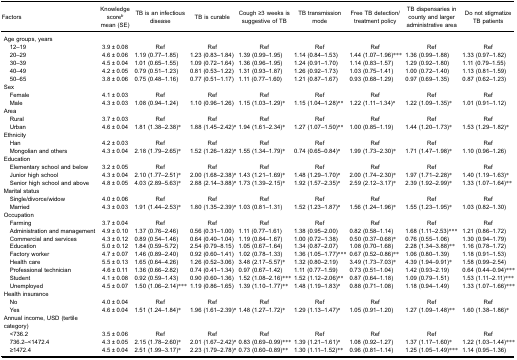
<table><thead><tr><td><b>Factors</b></td><td><b>Knowledge score<sup>b</sup>mean (SE)</b></td><td><b>TB is an infectious disease</b></td><td><b>TB is curable</b></td><td><b>Cough ≥3 weeks is suggestive of TB</b></td><td><b>TB transmission mode</b></td><td><b>Free TB detection/treatment policy</b></td><td><b>TB dispensaries in county and larger administrative area</b></td><td><b>Do not stigmatize TB patients</b></td></tr></thead><tbody><tr><td>Age groups, years</td><td> </td><td> </td><td> </td><td> </td><td> </td><td> </td><td> </td><td> </td></tr><tr><td> 12–19</td><td>3.9 ± 0.08</td><td>Ref</td><td>Ref</td><td>Ref</td><td>Ref</td><td>Ref</td><td>Ref</td><td>Ref</td></tr><tr><td> 20–29</td><td>4.6 ± 0.06</td><td>1.19 (0.77–1.85)</td><td>1.23 (0.83–1.84)</td><td>1.39 (0.99–1.95)</td><td>1.14 (0.84–1.53)</td><td>1.44 (1.07–1.96)***</td><td>1.36 (0.99–1.88)</td><td>1.33 (0.97–1.82)</td></tr><tr><td> 30–39</td><td>4.5 ± 0.04</td><td>1.01 (0.65–1.55)</td><td>1.09 (0.72–1.64)</td><td>1.36 (0.96–1.95)</td><td>1.24 (0.91–1.70)</td><td>1.14 (0.83–1.57)</td><td>1.29 (0.92–1.80)</td><td>1.11 (0.79–1.55)</td></tr><tr><td> 40–49</td><td>4.2 ± 0.05</td><td>0.79 (0.51–1.23)</td><td>0.81 (0.53–1.22)</td><td>1.31 (0.93–1.87)</td><td>1.26 (0.92–1.73)</td><td>1.03 (0.75–1.41)</td><td>1.00 (0.72–1.40)</td><td>1.13 (0.81–1.59)</td></tr><tr><td> 50–65</td><td>3.8 ± 0.06</td><td>0.75 (0.48–1.16)</td><td>0.77 (0.51–1.17)</td><td>1.11 (0.77–1.60)</td><td>1.21 (0.87–1.67)</td><td>0.93 (0.68–1.29)</td><td>0.97 (0.69–1.35)</td><td>0.87 (0.62–1.23)</td></tr><tr><td>Sex</td><td> </td><td> </td><td> </td><td> </td><td> </td><td> </td><td> </td><td> </td></tr><tr><td> Female</td><td>4.1 ± 0.03</td><td>Ref</td><td>Ref</td><td>Ref</td><td>Ref</td><td>Ref</td><td>Ref</td><td>Ref</td></tr><tr><td> Male</td><td>4.3 ± 0.03</td><td>1.08 (0.94–1.24)</td><td>1.10 (0.96–1.26)</td><td>1.15 (1.03–1.29)*</td><td>1.15 (1.04–1.28)**</td><td>1.22 (1.11–1.34)*</td><td>1.22 (1.09–1.35)*</td><td>1.01 (0.91–1.12)</td></tr><tr><td>Area</td><td> </td><td> </td><td> </td><td> </td><td> </td><td> </td><td> </td><td> </td></tr><tr><td> Rural</td><td>3.7 ± 0.03</td><td>Ref</td><td>Ref</td><td>Ref</td><td>Ref</td><td>Ref</td><td>Ref</td><td>Ref</td></tr><tr><td> Urban</td><td>4.6 ± 0.04</td><td>1.81 (1.38–2.38)*</td><td>1.88 (1.45–2.42)*</td><td>1.94 (1.61–2.34)*</td><td>1.27 (1.07–1.50)**</td><td>1.00 (0.85–1.19)</td><td>1.44 (1.20–1.73)*</td><td>1.53 (1.29–1.82)*</td></tr><tr><td>Ethnicity</td><td> </td><td> </td><td> </td><td> </td><td> </td><td> </td><td> </td><td> </td></tr><tr><td> Han</td><td>4.2 ± 0.03</td><td>Ref</td><td>Ref</td><td>Ref</td><td>Ref</td><td>Ref</td><td>Ref</td><td>Ref</td></tr><tr><td> Mongolian and others</td><td>4.3 ± 0.04</td><td>2.18 (1.79–2.65)*</td><td>1.52 (1.26–1.82)*</td><td>1.55 (1.34–1.79)*</td><td>0.74 (0.65–0.84)*</td><td>1.99 (1.73–2.30)*</td><td>1.71 (1.47–1.98)*</td><td>1.10 (0.96–1.26)</td></tr><tr><td>Education</td><td> </td><td> </td><td> </td><td> </td><td> </td><td> </td><td> </td><td> </td></tr><tr><td> Elementary school and below</td><td>3.2 ± 0.05</td><td>Ref</td><td>Ref</td><td>Ref</td><td>Ref</td><td>Ref</td><td>Ref</td><td>Ref</td></tr><tr><td> Junior high school</td><td>4.3 ± 0.04</td><td>2.10 (1.77–2.51)*</td><td>2.00 (1.68–2.38)*</td><td>1.43 (1.21–1.69)*</td><td>1.48 (1.29–1.70)*</td><td>2.00 (1.74–2.30)*</td><td>1.97 (1.71–2.28)*</td><td>1.40 (1.19–1.63)*</td></tr><tr><td> Senior high school and above</td><td>4.8 ± 0.05</td><td>4.03 (2.89–5.63)*</td><td>2.88 (2.14–3.88)*</td><td>1.73 (1.39–2.15)*</td><td>1.92 (1.57–2.35)*</td><td>2.59 (2.12–3.17)*</td><td>2.39 (1.92–2.99)*</td><td>1.33 (1.07–1.64)**</td></tr><tr><td>Marital status</td><td> </td><td> </td><td> </td><td> </td><td> </td><td> </td><td> </td><td> </td></tr><tr><td> Single/divorce/widow</td><td>4.0 ± 0.06</td><td>Ref</td><td>Ref</td><td>Ref</td><td>Ref</td><td>Ref</td><td>Ref</td><td>Ref</td></tr><tr><td> Married</td><td>4.3 ± 0.03</td><td>1.91 (1.44–2.53)*</td><td>1.80 (1.35–2.39)*</td><td>1.03 (0.81–1.31)</td><td>1.52 (1.23–1.87)*</td><td>1.56 (1.24–1.96)*</td><td>1.55 (1.23–1.95)*</td><td>1.03 (0.82–1.30)</td></tr><tr><td>Occupation</td><td> </td><td> </td><td> </td><td> </td><td> </td><td> </td><td> </td><td> </td></tr><tr><td> Farming</td><td>3.7 ± 0.04</td><td>Ref</td><td>Ref</td><td>Ref</td><td>Ref</td><td>Ref</td><td>Ref</td><td>Ref</td></tr><tr><td> Administration and management</td><td>4.9 ± 0.10</td><td>1.37 (0.76–2.46)</td><td>0.56 (0.31–1.00)</td><td>1.11 (0.77–1.61)</td><td>1.38 (0.95–2.00)</td><td>0.82 (0.58–1.14)</td><td>1.68 (1.11–2.53)***</td><td>1.21 (0.86–1.72)</td></tr><tr><td> Commercial and services</td><td>4.3 ± 0.12</td><td>0.89 (0.54–1.46)</td><td>0.64 (0.40–1.04)</td><td>1.19 (0.84–1.67)</td><td>1.00 (0.72–1.38)</td><td>0.50 (0.37–0.68)*</td><td>0.76 (0.55–1.06)</td><td>1.30 (0.94–1.79)</td></tr><tr><td> Education</td><td>5.0 ± 0.12</td><td>1.84 (0.59–5.72)</td><td>2.54 (0.79–8.15)</td><td>1.05 (0.67–1.64)</td><td>1.34 (0.87–2.07)</td><td>1.08 (0.70–1.68)</td><td>2.28 (1.34–3.88)**</td><td>1.16 (0.78–1.72)</td></tr><tr><td> Factory worker</td><td>4.7 ± 0.07</td><td>1.46 (0.89–2.40)</td><td>0.92 (0.60–1.41)</td><td>1.02 (0.78–1.33)</td><td>1.36 (1.05–1.77)***</td><td>0.67 (0.52–0.86)**</td><td>1.06 (0.80–1.39)</td><td>1.18 (0.91–1.53)</td></tr><tr><td> Health care</td><td>5.5 ± 0.13</td><td>1.65 (0.64–4.26)</td><td>1.26 (0.52–3.06)</td><td>3.48 (2.17–5.57)*</td><td>1.32 (0.80–2.19)</td><td>3.49 (1.73–7.03)*</td><td>4.39 (1.94–9.91)*</td><td>1.58 (0.99–2.54)</td></tr><tr><td> Professional technician</td><td>4.6 ± 0.11</td><td>1.36 (0.66–2.82)</td><td>0.74 (0.41–1.34)</td><td>0.97 (0.67–1.42)</td><td>1.11 (0.77–1.59)</td><td>0.73 (0.51–1.04)</td><td>1.42 (0.93–2.19)</td><td>0.64 (0.44–0.94)***</td></tr><tr><td> Student</td><td>4.1 ± 0.08</td><td>0.92 (0.59–1.43)</td><td>0.90 (0.60–1.36)</td><td>1.52 (1.08–2.16)***</td><td>1.52 (1.12–2.06)**</td><td>0.87 (0.64–1.18)</td><td>1.09 (0.79–1.51)</td><td>1.53 (1.11–2.11)***</td></tr><tr><td> Unemployed</td><td>4.5 ± 0.07</td><td>1.50 (1.06–2.14)***</td><td>1.19 (0.86–1.65)</td><td>1.39 (1.10–1.77)**</td><td>1.48 (1.19–1.83)*</td><td>0.88 (0.71–1.08)</td><td>1.18 (0.94–1.49)</td><td>1.33 (1.07–1.66)***</td></tr><tr><td>Health insurance</td><td> </td><td> </td><td> </td><td> </td><td> </td><td> </td><td> </td><td> </td></tr><tr><td> No</td><td>4.0 ± 0.04</td><td>Ref</td><td>Ref</td><td>Ref</td><td>Ref</td><td>Ref</td><td>Ref</td><td>Ref</td></tr><tr><td> Yes</td><td>4.6 ± 0.04</td><td>1.51 (1.24–1.84)*</td><td>1.96 (1.61–2.39)*</td><td>1.48 (1.27–1.72)*</td><td>1.29 (1.13–1.47)*</td><td>1.05 (0.91–1.20)</td><td>1.27 (1.09–1.48)**</td><td>1.60 (1.38–1.86)*</td></tr><tr><td>Annual income, USD (tertile category)</td><td> </td><td> </td><td> </td><td> </td><td> </td><td> </td><td> </td><td> </td></tr><tr><td> &lt;736.2</td><td>3.5 ± 0.06</td><td>Ref</td><td>Ref</td><td>Ref</td><td>Ref</td><td>Ref</td><td>Ref</td><td>Ref</td></tr><tr><td> 736.2–&lt;1472.4</td><td>4.3 ± 0.05</td><td>2.15 (1.78–2.60)*</td><td>2.01 (1.67–2.42)*</td><td>0.83 (0.69–0.99)***</td><td>1.39 (1.21–1.61)*</td><td>1.08 (0.92–1.27)</td><td>1.37 (1.17–1.60)*</td><td>1.22 (1.03–1.44)***</td></tr><tr><td> ≥1472.4</td><td>4.5 ± 0.04</td><td>2.51 (1.99–3.17)*</td><td>2.23 (1.79–2.78)*</td><td>0.73 (0.60–0.89)**</td><td>1.30 (1.11–1.52)**</td><td>0.96 (0.81–1.14)</td><td>1.25 (1.05–1.49)***</td><td>1.14 (0.95–1.36)</td></tr></tbody></table>